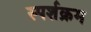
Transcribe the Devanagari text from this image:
स्पर्शक्रम